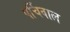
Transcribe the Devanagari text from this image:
पर्चिवाल